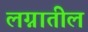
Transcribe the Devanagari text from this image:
लग्नातील